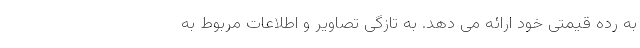
به رده قیمتی خود ارائه می دهد. به تازگی تصاویر و اطلاعات مربوط به